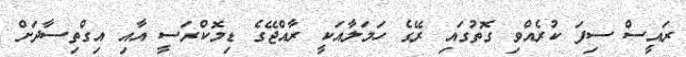
ރައީސް ސިފަ ކުރެއްވި ގޮތުގައި ރޭގެ ހަމަލާއަކީ ރާއްޖޭގެ ޑިމޮކްރަސީ އާއި އިގްތިސާދަށް